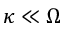
\kappa \ll \Omega